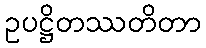
ဥပဋ္ဌိတဿတိတာ